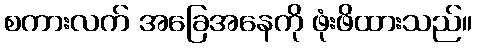
စကားလက် အခြေအနေကို ဖုံးဖိထားသည်။